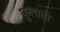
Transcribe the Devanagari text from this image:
फुलाती